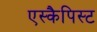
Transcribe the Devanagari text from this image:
एस्कैपिस्ट